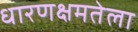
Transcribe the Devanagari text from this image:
धारणक्षमतेला